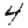
Digit: 4